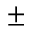
\pm